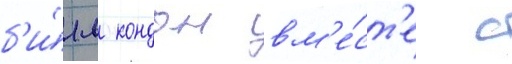
б'и́лл кондон вм'е́ст'е с